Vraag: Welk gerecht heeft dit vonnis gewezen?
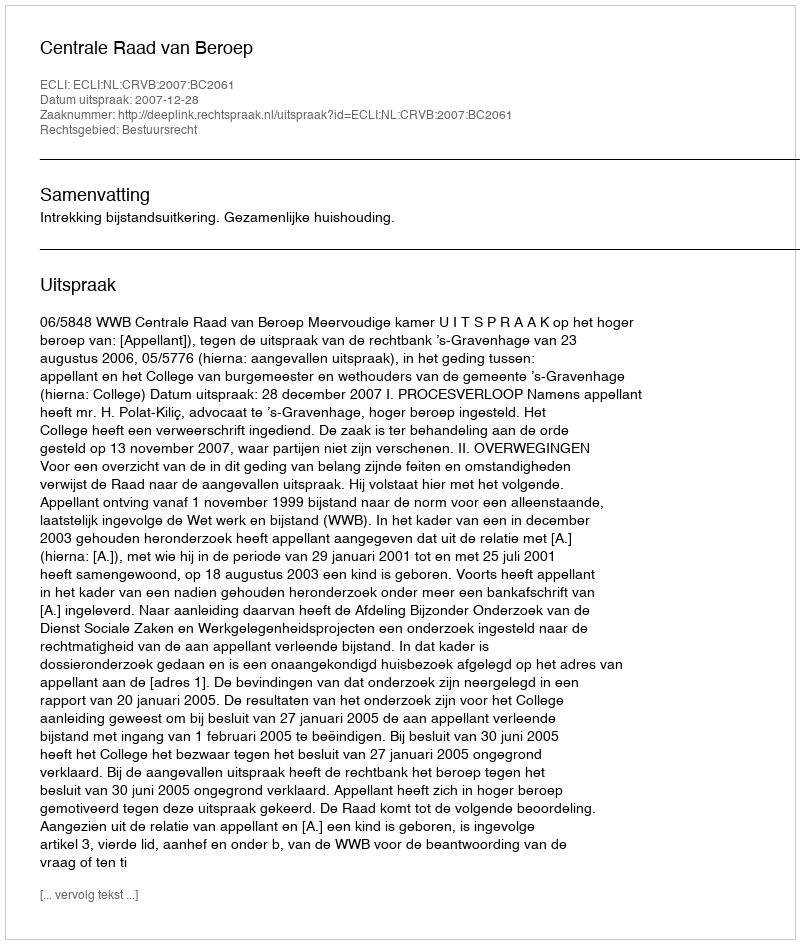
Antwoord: Centrale Raad van Beroep